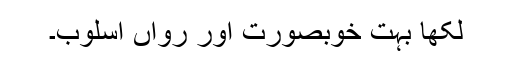
لکھا بہت خوبصورت اور رواں اسلوب۔